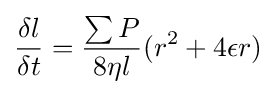
{\frac {\delta l}{\delta t}}={\frac {\sum P}{8\eta l}}(r^{2}+4\epsilon r)